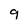
Character: 9